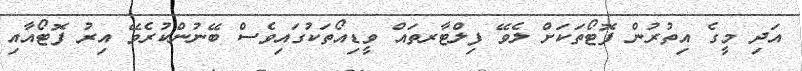
އަދި މީގެ އިތުރުން ފޮޓޯތަކަށް ލެވޭ ފިލްޓާރތައް ވީޑިއޯތަކުގައިވެސް ބޭނުންކުރެވޭ އިރު ފޮޓޯއާއި